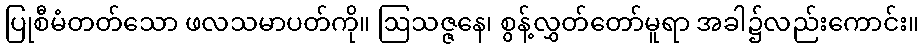
ပြုစီမံတတ်သော ဖလသမာပတ်ကို။ ဩသဇ္ဇနေ၊ စွန့်လွှတ်တော်မူရာ အခါ၌လည်းကောင်း။